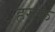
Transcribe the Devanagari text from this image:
हरुफ़